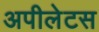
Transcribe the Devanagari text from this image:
अपीलेटस